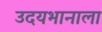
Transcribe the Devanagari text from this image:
उदयभानाला